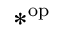
* ^ { \mathrm { o p } }